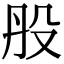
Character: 𣪂